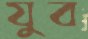
যুব